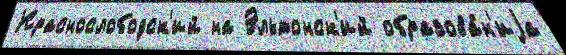
Краснослободск'ий на Эльтонск'ий образова́н'иjа